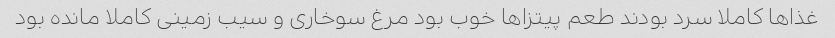
غذاها کاملا سرد بودند طعم پیتزاها خوب بو‌د مرغ سوخاری و سیب زمینی کاملا مانده بود